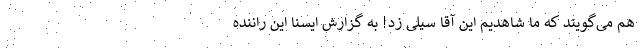
هم می‌گویند که ما شاهدیم این آقا سیلی زد! به گزارش ایسنا این راننده